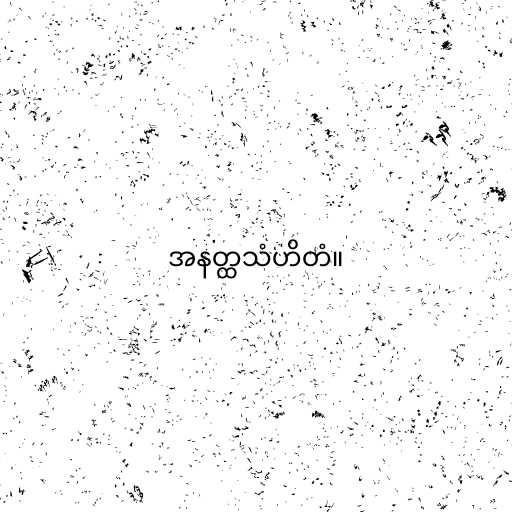
အနတ္ထသံဟိတံ။